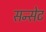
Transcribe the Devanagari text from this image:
सन्सेट